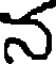
న